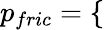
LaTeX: \begin{array}{r}{p_{fric}=\left\{ \begin{array}{rlrl}\end{array}\right.}\end{array}